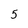
Character: 5